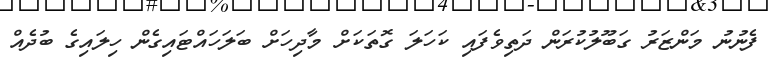
ފެނުނު މަންޒަރު ގަބޫލުކުރަން ދަތިވެފައި ކަހަލަ ގޮތަކަށް މާދިހަށް ބަލަހައްޓައިގެން ހިލައިގެ ބުދެއް